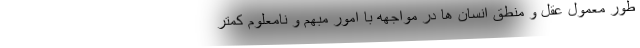
طور معمول عقل و منطق انسان ها در مواجهه با امور مبهم و نامعلوم کمتر